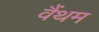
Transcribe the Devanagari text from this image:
वैंथम